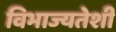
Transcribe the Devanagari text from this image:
विभाज्यतेशी